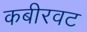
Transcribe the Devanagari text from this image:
कबीरवट